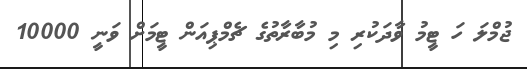
ޖުމްލަ ހަ ޓީމު ވާދަކުރި މި މުބާރާތުގެ ޗެމްޕިއަން ޓީމަށް ވަނީ 10000